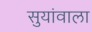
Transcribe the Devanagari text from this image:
सुयांवाला